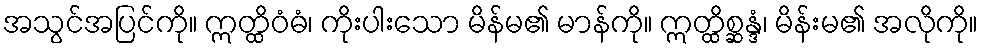
အသွင်အပြင်ကို။ ဣတ္ထိဝံဓံ၊ ကိုးပါးသော မိန်မ၏ မာန်ကို။ ဣတ္ထိစ္ဆန္ဒံ၊ မိန်းမ၏ အလိုကို။